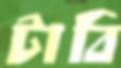
টাবি